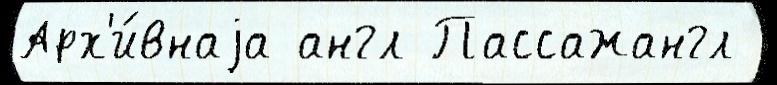
Арх'и́внаjа англ Пассажангл